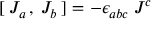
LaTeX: [ \: J _ { a \: } , \: J _ { b } \: ] = - \epsilon _ { a b c } \: J ^ { c }